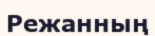
Режанның